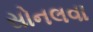
સોનલવા